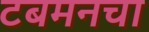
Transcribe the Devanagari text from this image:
टबमनचा